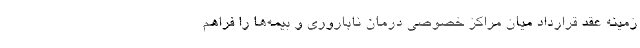
زمینه عقد قرارداد میان مراکز خصوصی درمان ناباروری و بیمه‌ها را فراهم